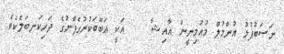
ނަސަބުފުޅު އުންމުލް މުއުމިނީން ޢާއިޝާ    އަކީ އަބޫބަކުރުގެފާނުގެ ދަރިކަނބަލެކެވެ.